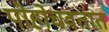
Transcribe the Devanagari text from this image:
पोहोचवतात